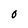
Character: O